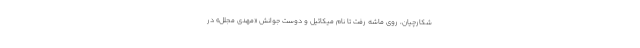
شکارچیان، روی ماشه رفت تا نام میکائیل و دوست جوانش «مهدی مجلل» در